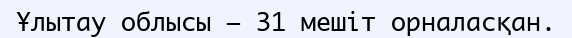
Ұлытау облысы — 31 мешіт орналасқан.